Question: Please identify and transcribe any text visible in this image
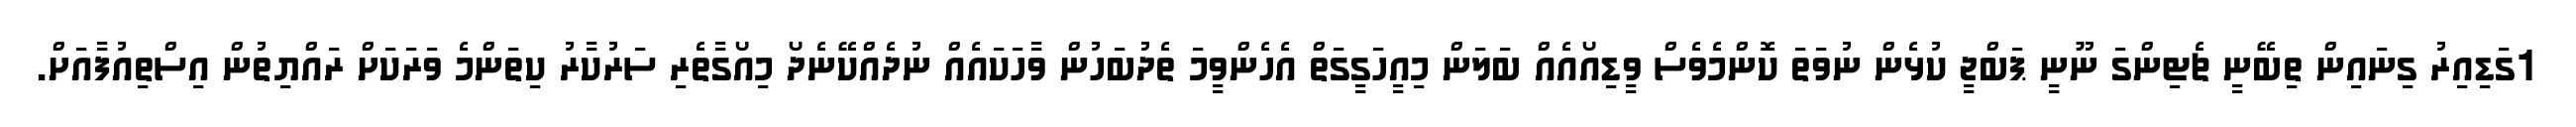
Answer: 1ގަޑިއިރު ގިނައިން ތިބޭނީ ޗެޓިންގަ ނޫނީ ޕަބްޖީ ކުޅެން ނުވަތަ ކޮންމެވެސް ވީޑިއޯއެއް ބަލަން މިއީހަގީގަތް އެހެންވީމަ ތެދުބަހުން ވާހަކައެއް ނުދެއްކޭނެދޯ މިއޯގާތެރި ސަރުކާރު ކިތަންމެ ވަރަކަށް ރައްޔިތުން އިސްތިއުފާއަށް.